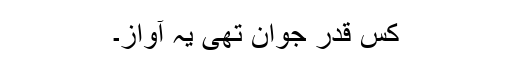
کس قدر جوان تھی یہ آواز۔